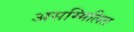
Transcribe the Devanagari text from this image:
असम्मिलित